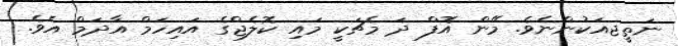
ނަތީޖއަކުންނެވެ. މޭން އޮފް ދަ މެޗަކީ މައި ކޮލެޖްގެ އައިހަމް އާދަމް އެވެ.